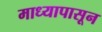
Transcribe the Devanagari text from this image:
माध्यापासून